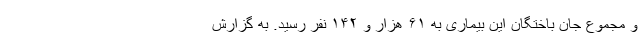
و مجموع جان باختگان این بیماری به ۶۱ هزار و ۱۴۲ نفر رسید. به گزارش